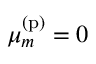
\mu _ { m } ^ { \mathrm { ( p ) } } = 0